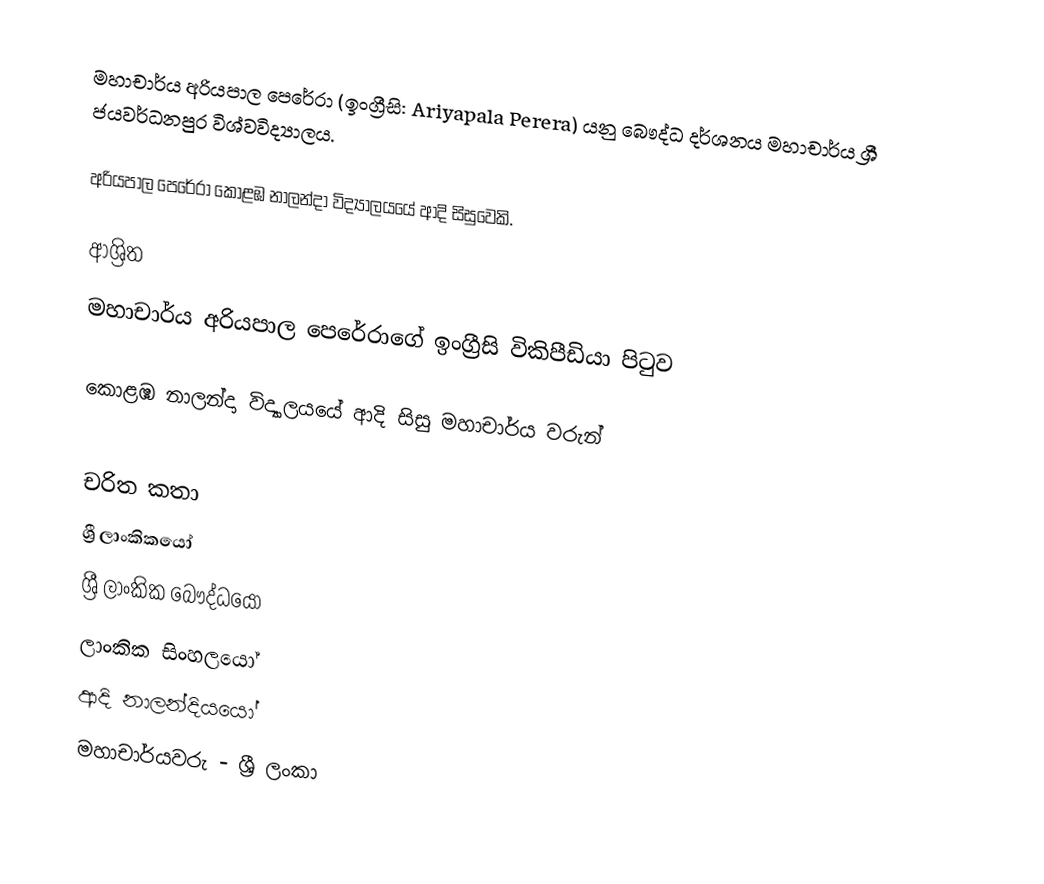
මහාචාර්ය අරියපාල පෙරේරා (ඉංග්‍රීසි: Ariyapala Perera) යනු බෞද්ධ දර්ශනය මහාචාර්ය ශ්‍රී ජයවර්ධනපුර විශ්වවිද්‍යාලය.

අරියපාල පෙරේරා  කොළඹ නාලන්දා විද්‍යාලයයේ ආදි සිසුවෙකි.

ආශ්‍රිත
  මහාචාර්ය අරියපාල පෙරේරාගේ ඉංග්‍රීසි විකිපීඩියා පිටුව

 කොළඹ නාලන්දා විද්‍යාලයයේ ආදි සිසු මහාචාර්ය වරුන්

චරිත කතා
ශ්‍රී ලාංකිකයෝ
ශ්‍රී ලාංකික බෞද්ධයෝ
ලාංකික සිංහලයෝ
ආදි නාලන්දියයෝ
මහාචාර්යවරු - ශ්‍රී ලංකා